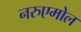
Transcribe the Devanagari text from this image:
नरुएमोल